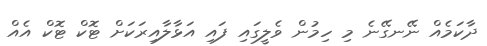
ދާކަމެއް ނޭނގޭނެ މި ހިމުން ވެލީގައި ފައި އަޅާލާއިރަކަށް ޓޮކް ޓޮކް އެއް